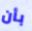
بأن